Indian journal of veterinary science and animal husbandry - Volume 8,
Year: 1938
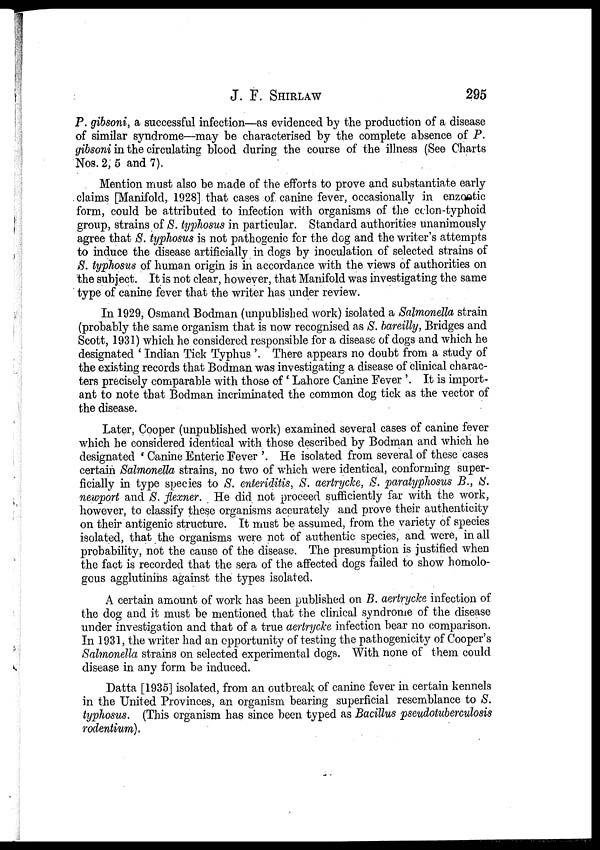
J. F.
SHIRLAW
295
P. gibsoni, a successful infection—as evidenced by the production of a disease
of similar syndrome—may be characterised by the complete absence of P.
gibsoni in the circulating blood during the course of the illness (See Charts
Nos. 2, 5 and 7).
Mention must also be made of the efforts to prove and substantiate early
claims [Manifold, 1928] that cases of canine fever, occasionally in enzootic
form, could be attributed to infection with organisms of the colon-typhoid
group, strains of S. typhosus in particular. Standard authorities unanimously
agree that S. typhosus is not pathogenic for the dog and the writer's attempts
to induce the disease artificially in dogs by inoculation of selected strains of
S. typhosus of human origin is in accordance with the views of authorities on
the subject. It is not clear, however, that Manifold was investigating the same
type of canine fever that the writer has under review.
In 1929, Osmand Bodman (unpublished work) isolated a Salmonella strain
(probably the same organism that is now recognised as S. bareilly, Bridges and
Scott, 1931) which he considered responsible for a disease of dogs and which he
designated ' Indian Tick Typhus '. There appears no doubt from a study of
the existing records that Bodman was investigating a disease of clinical charac-
ters precisely comparable with those of ' Lahore Canine Fever '. It is import-
ant to note that Bodman incriminated the common dog tick as the vector of
the disease.
Later, Cooper (unpublished work) examined several cases of canine fever
which he considered identical with those described by Bodman and which he
designated ' Canine Enteric Fever '. He isolated from several of these cases
certain Salmonella strains, no two of which were identical, conforming super-
ficially in type species to S. enteriditis, S. aertrycke, S. paratyphosus B., S.
newport and S. flexner. He did not proceed sufficiently far with the work,
however, to classify these organisms accurately and prove their authenticity
on their antigenic structure. It must be assumed, from the variety of species
isolated, that the organisms were not of authentic species, and were, in all
probability, not the cause of the disease. The presumption is justified when
the fact is recorded that the sera of the affected dogs failed to show homolo-
gous agglutinins against the types isolated.
A certain amount of work has been published on B. aertrycke infection of
the dog and it must be mentioned that the clinical syndrome of the disease
under investigation and that of a true aertrycke infection bear no comparison.
In 1931, the writer had an opportunity of testing the pathogenicity of Cooper's
Salmonella strains on selected experimental dogs. With none of them could
disease in any form be induced.
Datta [1935] isolated, from an outbreak of canine fever in certain kennels
in the United Provinces, an organism bearing superficial resemblance to S.
typhosus. (This organism has since been typed as Bacillus pseudotuberculosis
rodentium).